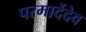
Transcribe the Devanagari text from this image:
परमार्देदेव